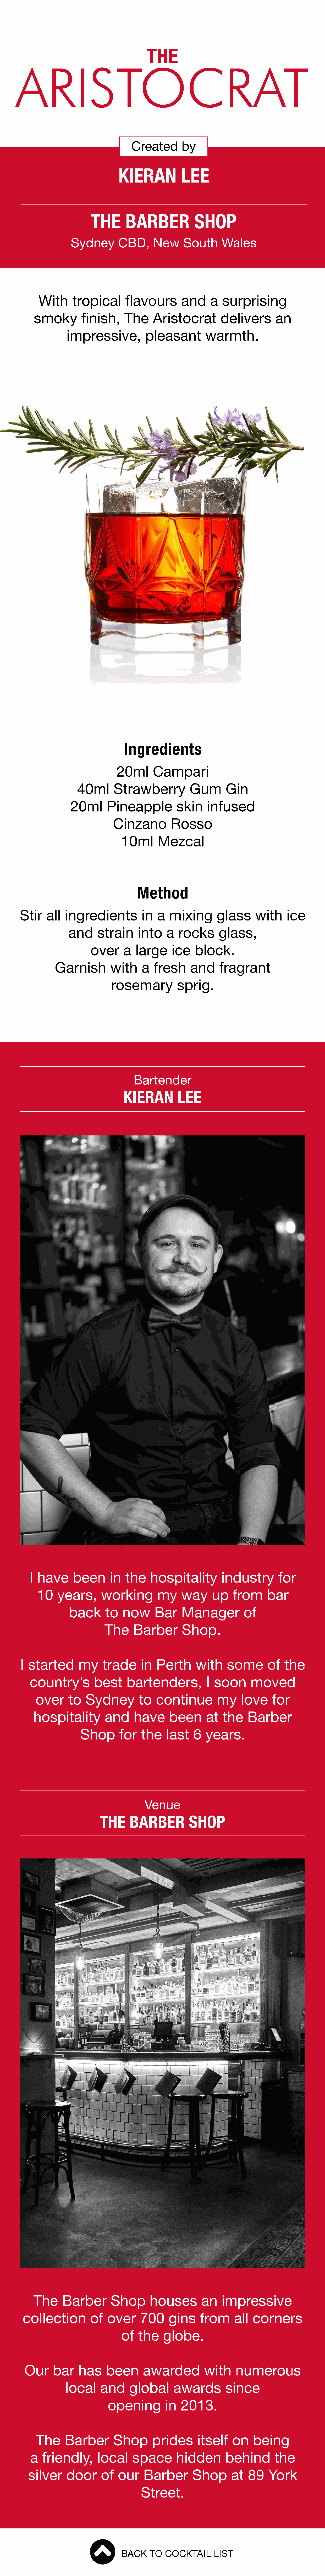
THE
 ARISTOCRAT
 Created      by
 KIERAN          LEE
 THE      BARBER           SHOP
 Sydney      CBD,     New    South     Wales
 With    tropical      flavours      and    a  surprising
 smoky       finish,   The     Aristocrat       delivers      an
 impressive,         pleasant       warmth.
 Ingredients
 20ml      Campari
 40ml      Strawberry         Gum      Gin
 20ml     Pineapple         skin   infused
 Cinzano       Rosso
 10ml     Mezcal
 Method
 Stir   all ingredients         in  a  mixing      glass    with    ice
 and     strain    into   a  rocks     glass,
 over    a  large    ice   block.
 Garnish       with    a  fresh    and    fragrant
 rosemary         sprig.
 Bartender
 KIERAN        LEE
 I have     been      in  the   hospitality       industry      for
 10   years,      working       my    way     up   from    bar
 back      to  now     Bar    Manager         of
 The     Barber      Shop.
 I started      my    trade     in Perth     with    some       of  the
 country’s        best    bartenders,         I soon     moved
 over    to   Sydney       to  continue        my    love    for
 hospitality       and     have     been     at  the    Barber
 Shop      for   the   last   6  years.
 Venue
 THE     BARBER         SHOP
 The     Barber      Shop      houses       an   impressive
 collection       of  over    700     gins    from    all  corners
 of  the   globe.
 Our    bar    has    been     awarded         with   numerous
 local   and     global     awards       since
 opening        in  2013.
 The    Barber       Shop     prides      itself   on   being
 a  friendly,     local   space       hidden      behind      the
 silver    door     of  our   Barber       Shop     at   89   York
 Street.
 BACK   TO  COCKTAIL    LIST